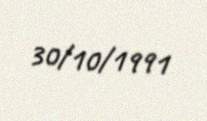
30/10/1991